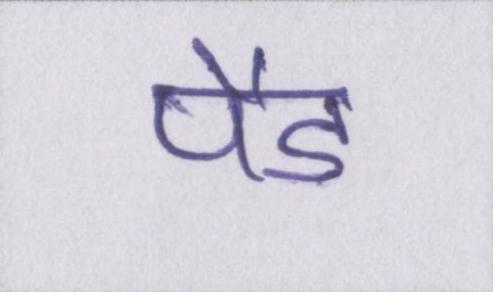
पैड